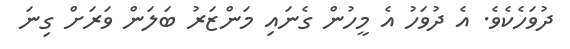
ދުވަހެކެވެ. އެ ދުވަހު އެ މީހުން ގެނައި މަންޒަރު ބަލަން ވަރަށް ގިނަ